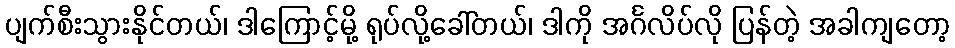
ပျက်စီးသွားနိုင်တယ်၊ ဒါကြောင့်မို့ ရုပ်လို့ခေါ်တယ်၊ ဒါကို အင်္ဂလိပ်လို ပြန်တဲ့ အခါကျတော့